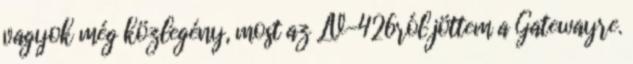
vagyok még közlegény, most az LV-426ról jöttem a Gatewayre.